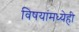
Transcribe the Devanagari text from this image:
विषयांमध्येही